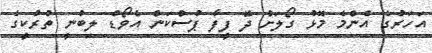
އަހަރުގެ އެންމެ މޮޅު ގޯލަށް ދޭ ފީފާ ޕުސްކަން އެވޯޑް ލިބުނީ ތުރުކީގެ